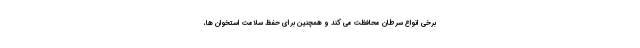
برخی انواع سرطان محافظت می کند و همچنین برای حفظ سلامت استخوان ها،